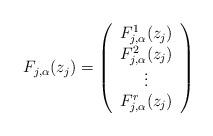
LaTeX: \begin{align*}F_{j, \alpha}(z_j)=\left( \begin{array}{c} F_{j, \alpha}^1(z_j) \\ F_{j, \alpha}^2(z_j) \\\vdots \\F_{j, \alpha}^r(z_j) \end{array} \right)\end{align*}